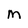
Character: m